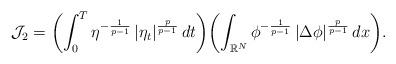
LaTeX: \begin{align*}\mathcal{J}_2=\biggl( \int_0^T\eta^{-\frac{1}{p-1}}\left|\eta_t\right|^{\frac{p}{p-1}}dt\biggr)\biggl(\int_{\mathbb{R}^{N}}\phi^{-\frac{1}{p-1}}\left|\Delta\phi\right|^{\frac{p}{p-1}}dx\biggr).\end{align*}